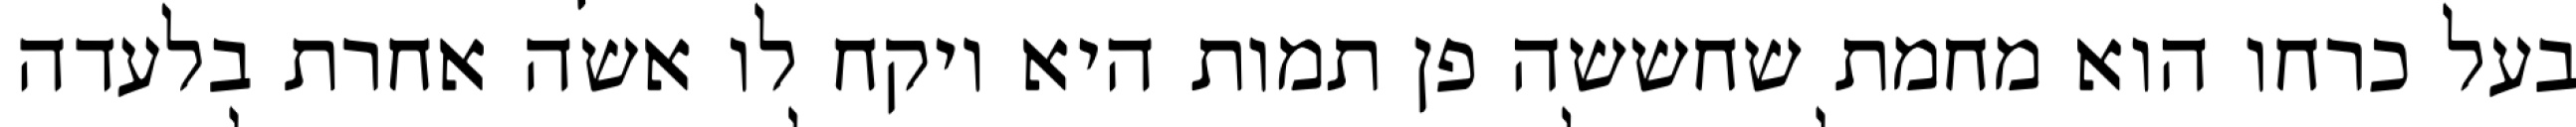
בעל כרחו הוא מחמת שחששה פן תמות היא ויקח לו אשה אחרת בלעדה